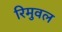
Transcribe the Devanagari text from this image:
रिमुवल